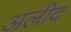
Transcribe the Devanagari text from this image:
अलीद